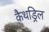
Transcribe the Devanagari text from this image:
कैथड्रिल